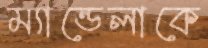
ম্যান্ডেলাকে